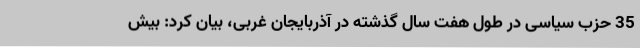
35 حزب سیاسی در طول هفت سال گذشته در آذربایجان غربی، بیان کرد: بیش